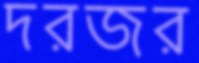
দরজর